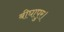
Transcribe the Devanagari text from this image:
बीघापुर।